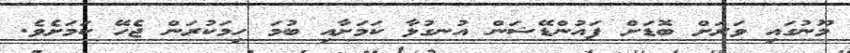
މޫނުގައި ވަރަށް ބޮޑަށް ފައުންޑޭޝަން އުނގުޅާ ކަމަށާއި ބުމަ ހިމަކުރަން ޖެހޭ ކަމަށެވެ.